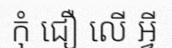
កុំ ជឿ លើ អ្វី